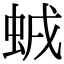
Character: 𧊥